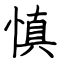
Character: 慎